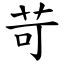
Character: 苛